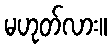
မဟုတ်လား။